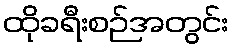
ထိုခရီးစဉ်အတွင်း